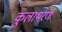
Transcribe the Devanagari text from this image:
कुलाभरण